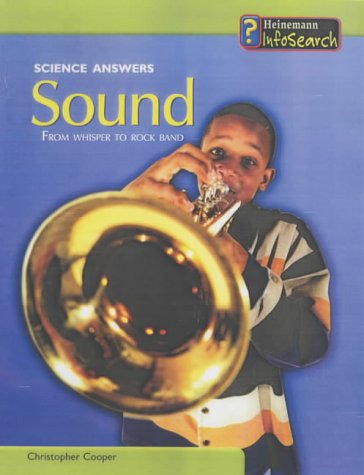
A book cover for Sound (Science Answers) (Science Answers); Chris Cooper; Children's Books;